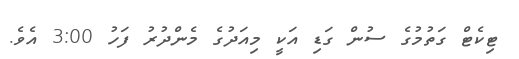
ޓިކެޓް ގަތުމުގެ ސުން ގަޑި އަކީ މިއަދުގެ މެންދުރު ފަހު 3:00 އެވެ.